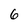
Character: 6